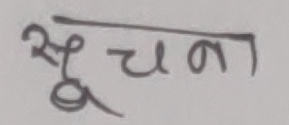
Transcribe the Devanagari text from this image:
सूचना